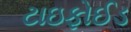
ટાઇફોઈડ